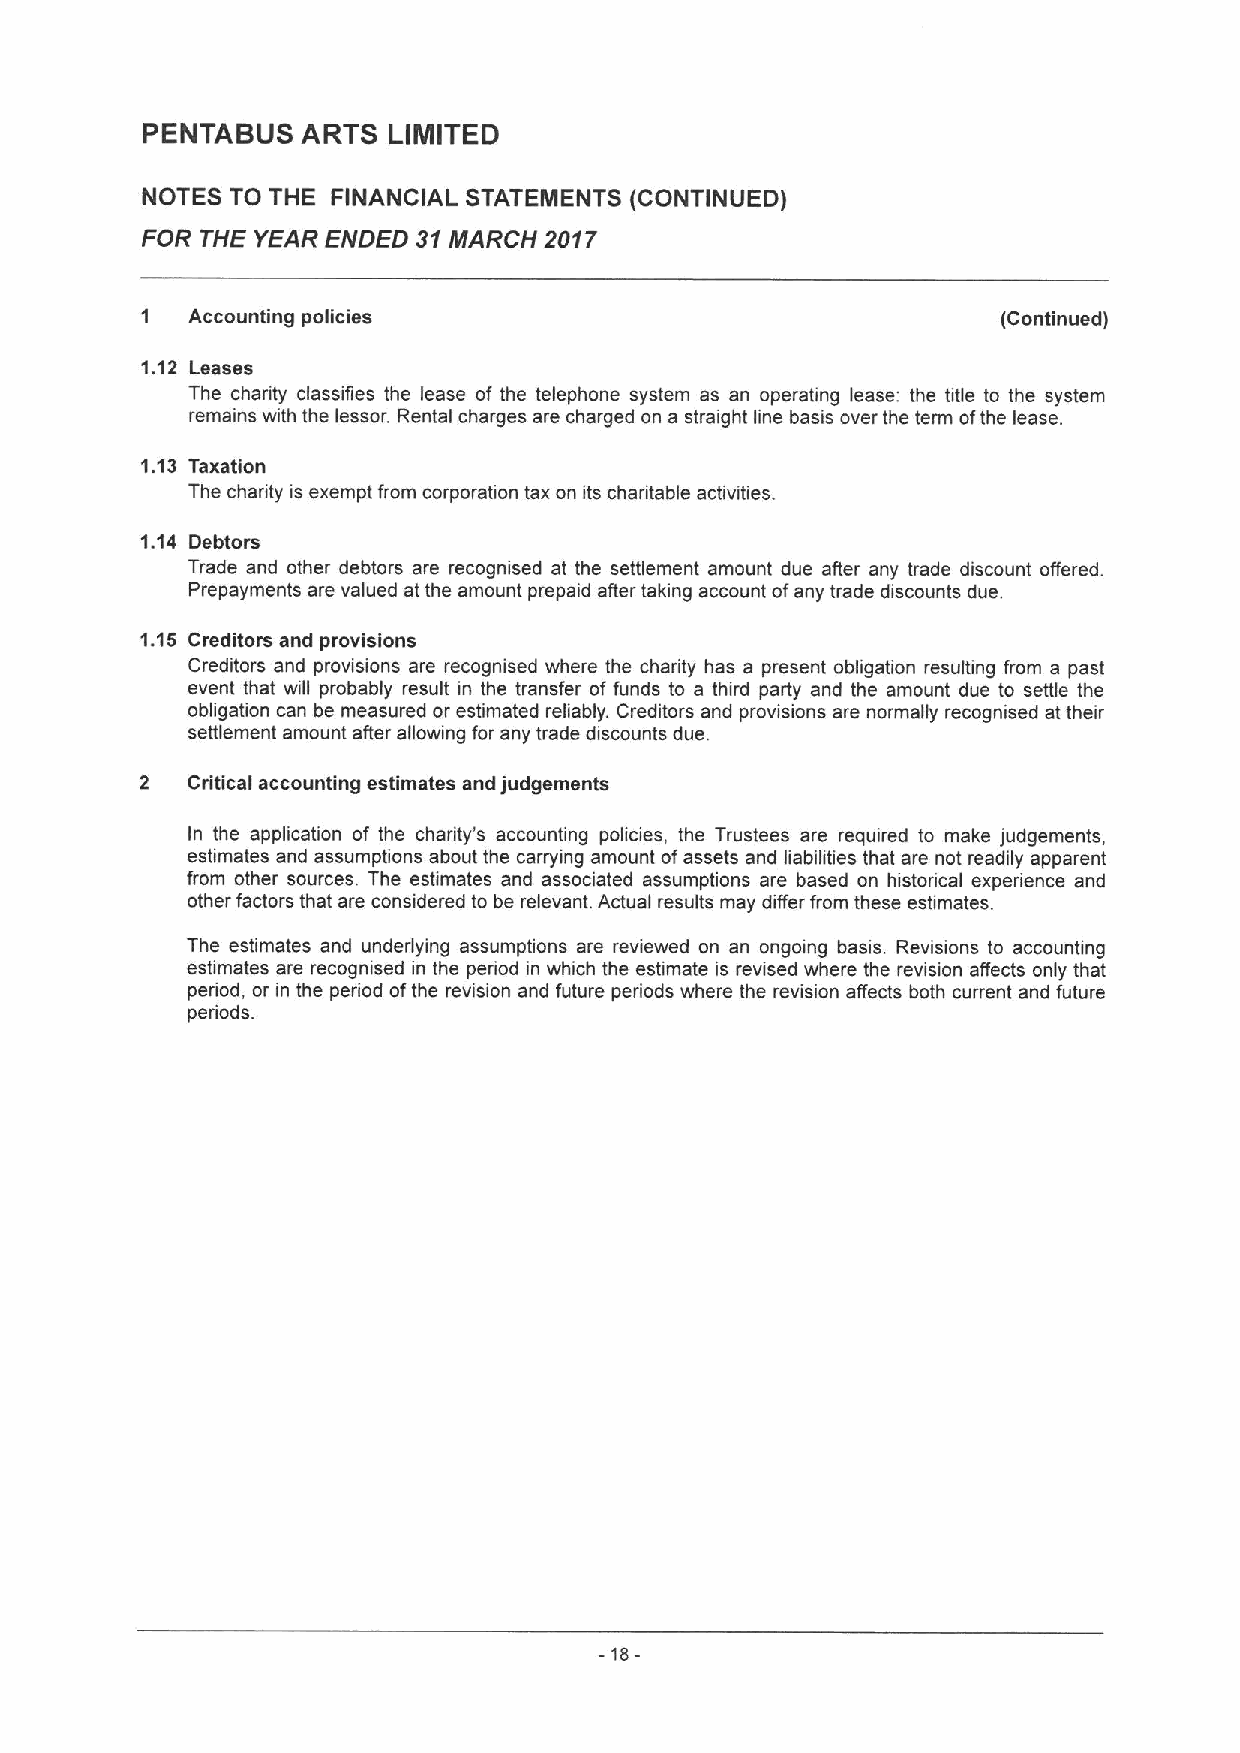
PENTABUS   ARTS  LIMITED
 NOTES TO THE FINANCIAL STATEMENTS (CONTINUED)
 FOR THE YEAR ENDED 35 MARCH 2017
 1  Accounting policies                                   (Continued)
 1.12 Leases
 The charity classifies the lease of the telephone system as an operating lease: the title to the system
 remains with the lessor. Rental charges are charged on a straight line basis over the term ofthe lease.
 1.13 Taxation
 The charity is exempt from corporation tax on its charitable activities.
 1.14 Debtors
 Trade and other debtors are recognised at the settlement amount due after any trade discount offered.
 Prepayments are valued at the amount prepaid affer taking account ofany trade discounts due.
 1.15 Creditors and provisions
 Creditors and provisions are recognised where the charity has a present obligation resulting from a past
 event that will probably result in the transfer of funds to a third party and the amount due to settle the
 obligation can be measured or estimated reliably. Creditors and provisions are normally recognised at their
 settlement amount after allowing for any trade discounts due.
 2  Critical accounting estimates and judgements
 In the application of the charity's accounting policies, the Trustees are required to make judgements,
 estimates and assumptions about the carrying amount ofassets and liabilities that are not readily apparent
 from other sources. The estimates and associated assumptions are based on historical experience and
 other factors that are considered to be relevant. Actual results may differ from these estimates.
 The estimates and underlying assumptions are reviewed on an ongoing basis. Revisions to accounting
 estimates are recognised in the period in which the estimate is revised where the revision affects only that
 period, or in the period ofthe revision and future periods where the revision affects both current and future
 periods.
 -18-